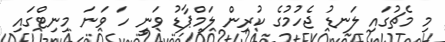
މި މެޗުގައި ލަނޑު ޖެހުމުގެ ކުރިން ލަމްޕާޑު ވަނީ ހަ ވަނަ މިނިޓްގައި